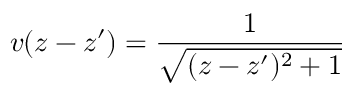
v ( z - z ^ { \prime } ) = \frac { 1 } { \sqrt { ( z - z ^ { \prime } ) ^ { 2 } + 1 } }